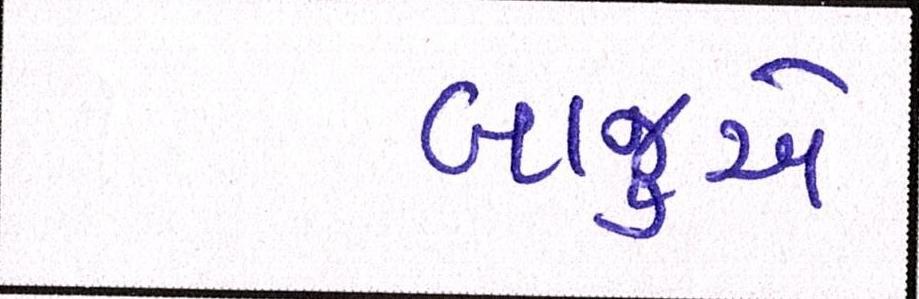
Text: બાજુએ